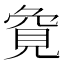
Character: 𮗏